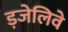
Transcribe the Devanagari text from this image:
ड़जेलिवे